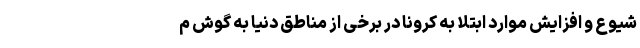
شیوع و افزایش موارد ابتلا به کرونا در برخی از مناطق دنیا به گوش م